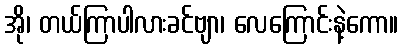
အို၊ တယ်ကြာပါလားခင်ဗျာ၊ လေကြောင်းနဲ့ကော။